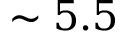
\sim 5 . 5